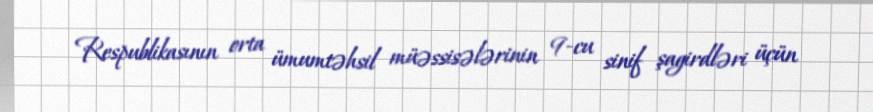
Respublikasının orta ümumtəhsil müəssisələrinin 9-cu sinif şagirdləri üçün